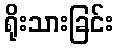
ရိုးသားခြင်း